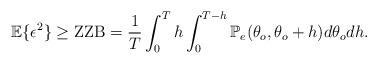
LaTeX: \begin{align*}\mathbb{E}\{\epsilon^2\}\geq\mbox{ZZB}=\frac{1}{T}\int_{0}^{T}h\int_{0}^{T-h}\mathbb{P}_e(\theta_o,\theta_o+h)d\theta_odh. \end{align*}